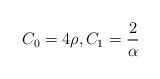
LaTeX: \begin{align*}C_0=4\rho,C_1=\frac{2}{\alpha}\end{align*}